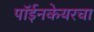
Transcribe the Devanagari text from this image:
पॉईनकेयरचा